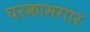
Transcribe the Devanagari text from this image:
घरकामगार